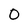
Character: 0